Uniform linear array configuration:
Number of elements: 64
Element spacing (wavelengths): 0.25
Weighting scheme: exponential
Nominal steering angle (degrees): -45
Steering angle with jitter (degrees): -46.445
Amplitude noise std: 0.05
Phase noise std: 0.05

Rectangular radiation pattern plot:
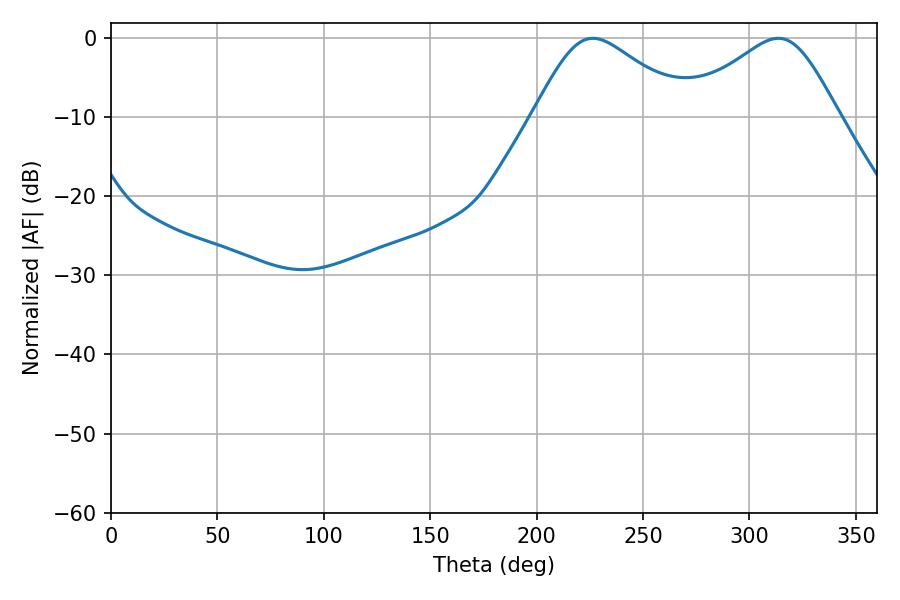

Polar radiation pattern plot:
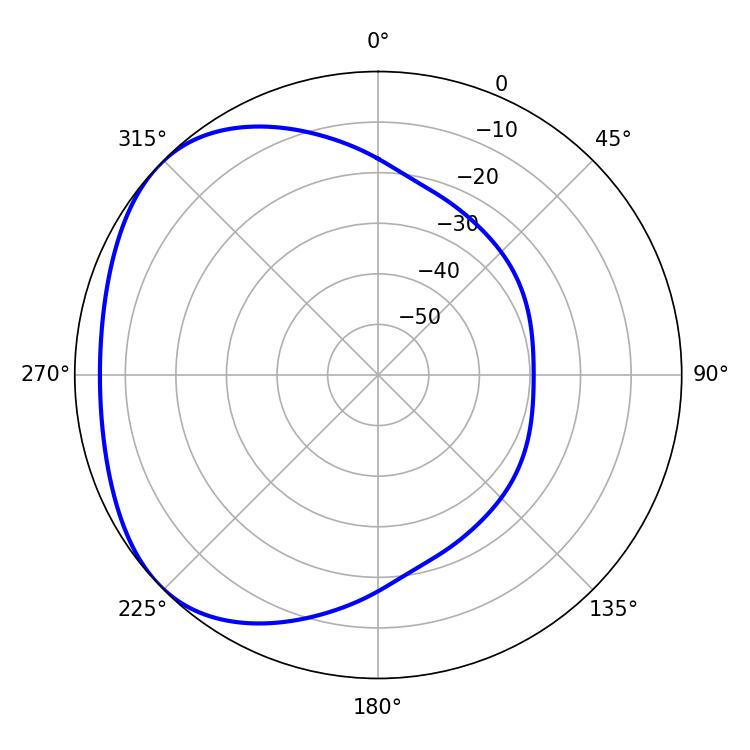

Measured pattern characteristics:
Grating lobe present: FALSE
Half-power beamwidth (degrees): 36.18
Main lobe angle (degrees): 226.44